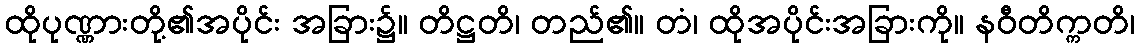
ထိုပုဏ္ဏားတို့၏အပိုင်း အခြား၌။ တိဋ္ဌတိ၊ တည်၏။ တံ၊ ထိုအပိုင်းအခြားကို။ နဝီတိက္ကတိ၊